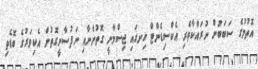
އޮތުމުގެ ސަބަބުން ނުރައްކާތެރި އެކްސިޑެންޓް ހިނގައި ޖިސްމާނީ ގޮތުންނާއި ނަފުސާނީގޮތުން އެކިވަރުގެ ބޮޑެތި